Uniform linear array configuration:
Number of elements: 16
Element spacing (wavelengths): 0.25
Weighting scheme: cosine
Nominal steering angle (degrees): -45
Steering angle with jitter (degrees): -46.04
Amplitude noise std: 0.05
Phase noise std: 0.05

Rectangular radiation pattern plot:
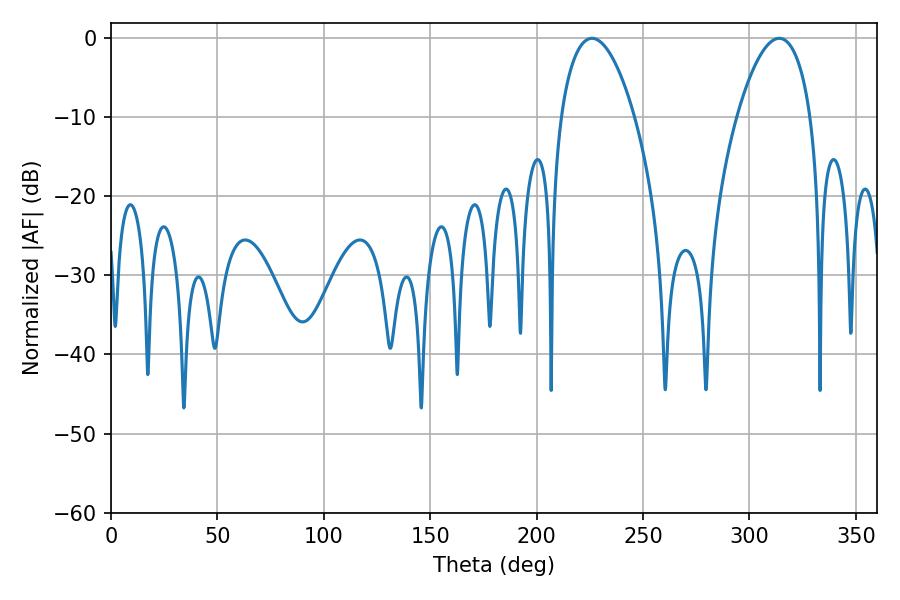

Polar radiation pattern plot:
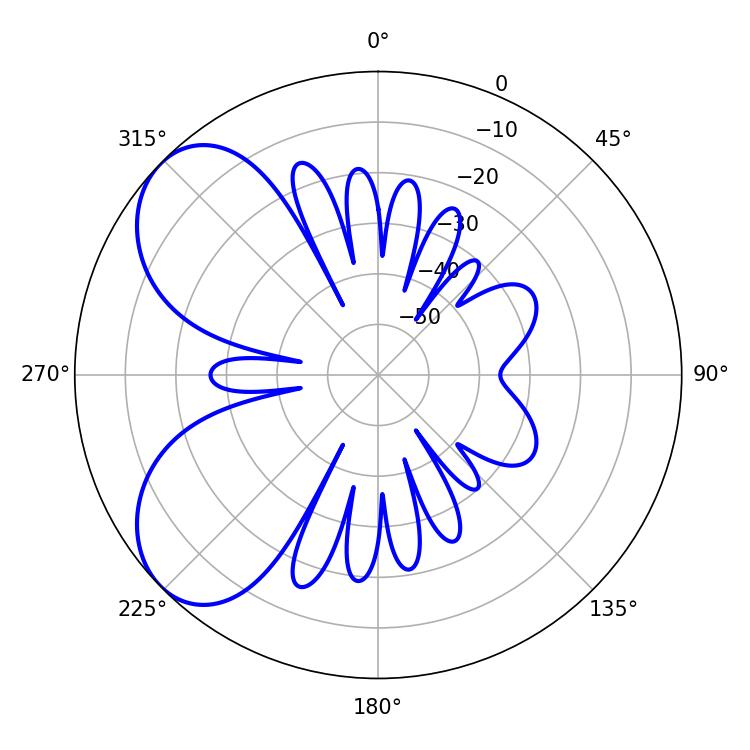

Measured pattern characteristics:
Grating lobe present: FALSE
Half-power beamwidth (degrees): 19.26
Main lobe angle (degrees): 313.92